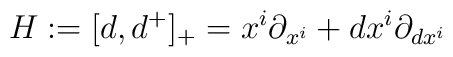
H:=[d,d^+]_+=x^i \partial_{x^i}+dx^i\partial_{dx^i}